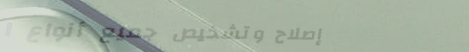
إصلاح وتشخيص جميع أنواع ا